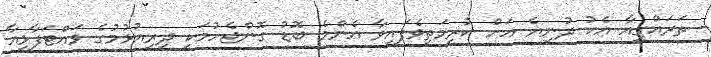
ތަރައްގީއާ އެކު ދުނިޔެ އަށް ކުރިމަތިވެފައިވާ އެންމެ ބޮޑު ގޮންޖެހުމަކީ ދިރިއުޅުމުގެ ވައްޓަފާޅިއާ